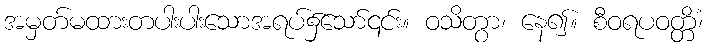
အမှတ်မထားတပါးပါးသောအရပ်၌သော်၎င်း။ ဝသိတွာ၊ နေ၍။ စီဝရပဝတ္တိံ၊